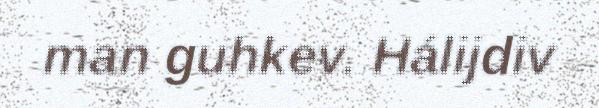
man guhkev. Hálijdiv